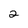
Character: 2